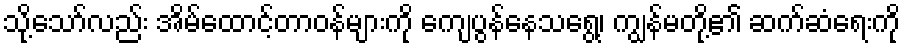
သို့သော်လည်း အိမ်ထောင့်တာဝန်များကို ကျေပွန်နေသရွေ့၊ ကျွန်မတို့၏ ဆက်ဆံရေးကို